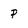
Character: p